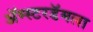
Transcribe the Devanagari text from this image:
ॲम्स्टरडॅमला